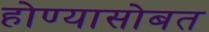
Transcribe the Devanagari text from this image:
होण्यासोबत